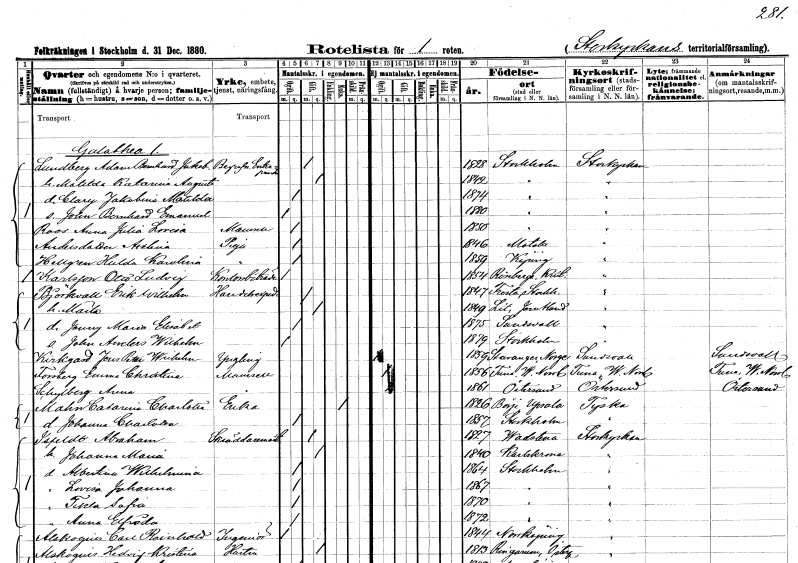
gt_parse: households: individuals: FN: Adam Bernhard Jakob
EN: Lundberg
YRKE: Begravningsentreprenör
KON: M
CIV: G
FODAR: 1828
FODFORS: Stockholm
FN: Matilda Katarina Augusta
KON: K
CIV: G
FODAR: 1842
FODFORS: Stockholm
FN: Clary Jakobina Matilda
KON: K
CIV: O
FODAR: 1874
FODFORS: Stockholm
FN: John Bernhard Emanuel
KON: M
CIV: O
FODAR: 1880
FODFORS: Stockholm
FN: Anna Julia Lovisa
EN: Roos
KON: K
CIV: O
FODAR: 1850
FODFORS: Stockholm
FN: Axelina
EN: Andersdotter
YRKE: Piga
KON: K
CIV: O
FODAR: 1846
FODFORS: Motala Östergötlands län
FN: Hulda Karolina
EN: Hellgren
YRKE: Piga
KON: K
CIV: O
FODAR: 1859
FODFORS: Köping Västmanlands län
FN: Otto Ludvig
EN: Karlsson
YRKE: Kontorsbiträde
KON: M
CIV: O
FODAR: 1854
FODFORS: Riseberga Kristianstads län
FN: Erik Wilhelm
EN: Björkvall
YRKE: Handelsexpedit
KON: M
CIV: G
FODAR: 1847
FODFORS: Fresta Stockholms län
FN: Märta
KON: K
CIV: G
FODAR: 1849
FODFORS: Lit Jämtlands län
FN: Jenny Maria Elisabet
KON: K
CIV: O
FODAR: 1875
FODFORS: Sundsvall Västernorrlands län
FN: John Anders Wilhelm
KON: M
CIV: O
FODAR: 1879
FODFORS: Stockholm
FN: Jens Petter Wilhelm
EN: Kirkgard
KON: M
CIV: O
FODAR: 1859
FN: Emma Christina
EN: Forsberg
KON: K
CIV: O
FODAR: 1856
FODFORS: Tuna Västernorrlands län
FN: Anna
EN: Schylberg
KON: K
CIV: O
FODAR: 1861
FODFORS: Östersund Jämtlands län
FN: Catarina Charlotta
EN: Mahn
YRKE: Änka
KON: K
CIV: E
FODAR: 1826
FODFORS: Börje Uppsala län
FN: Johanna Charlotta
KON: K
CIV: O
FODAR: 1857
FODFORS: Stockholm
FN: Abraham
EN: Ispedt
YRKE: Skräddarmästare
KON: M
CIV: G
FODAR: 1827
FODFORS: Vadstena Östergötlands län
FN: Johanna Maria
KON: K
CIV: G
FODAR: 1840
FODFORS: Karlskrona Blekinge län
FN: Albertina Wilhelmina
KON: K
CIV: O
FODAR: 1864
FODFORS: Stockholm
FN: Lovisa Johanna
KON: K
CIV: O
FODAR: 1867
FODFORS: Stockholm
FN: Tekla Sofia
KON: K
CIV: O
FODAR: 1870
FODFORS: Stockholm
FN: Anna Elfrida
KON: K
CIV: O
FODAR: 1872
FODFORS: Stockholm